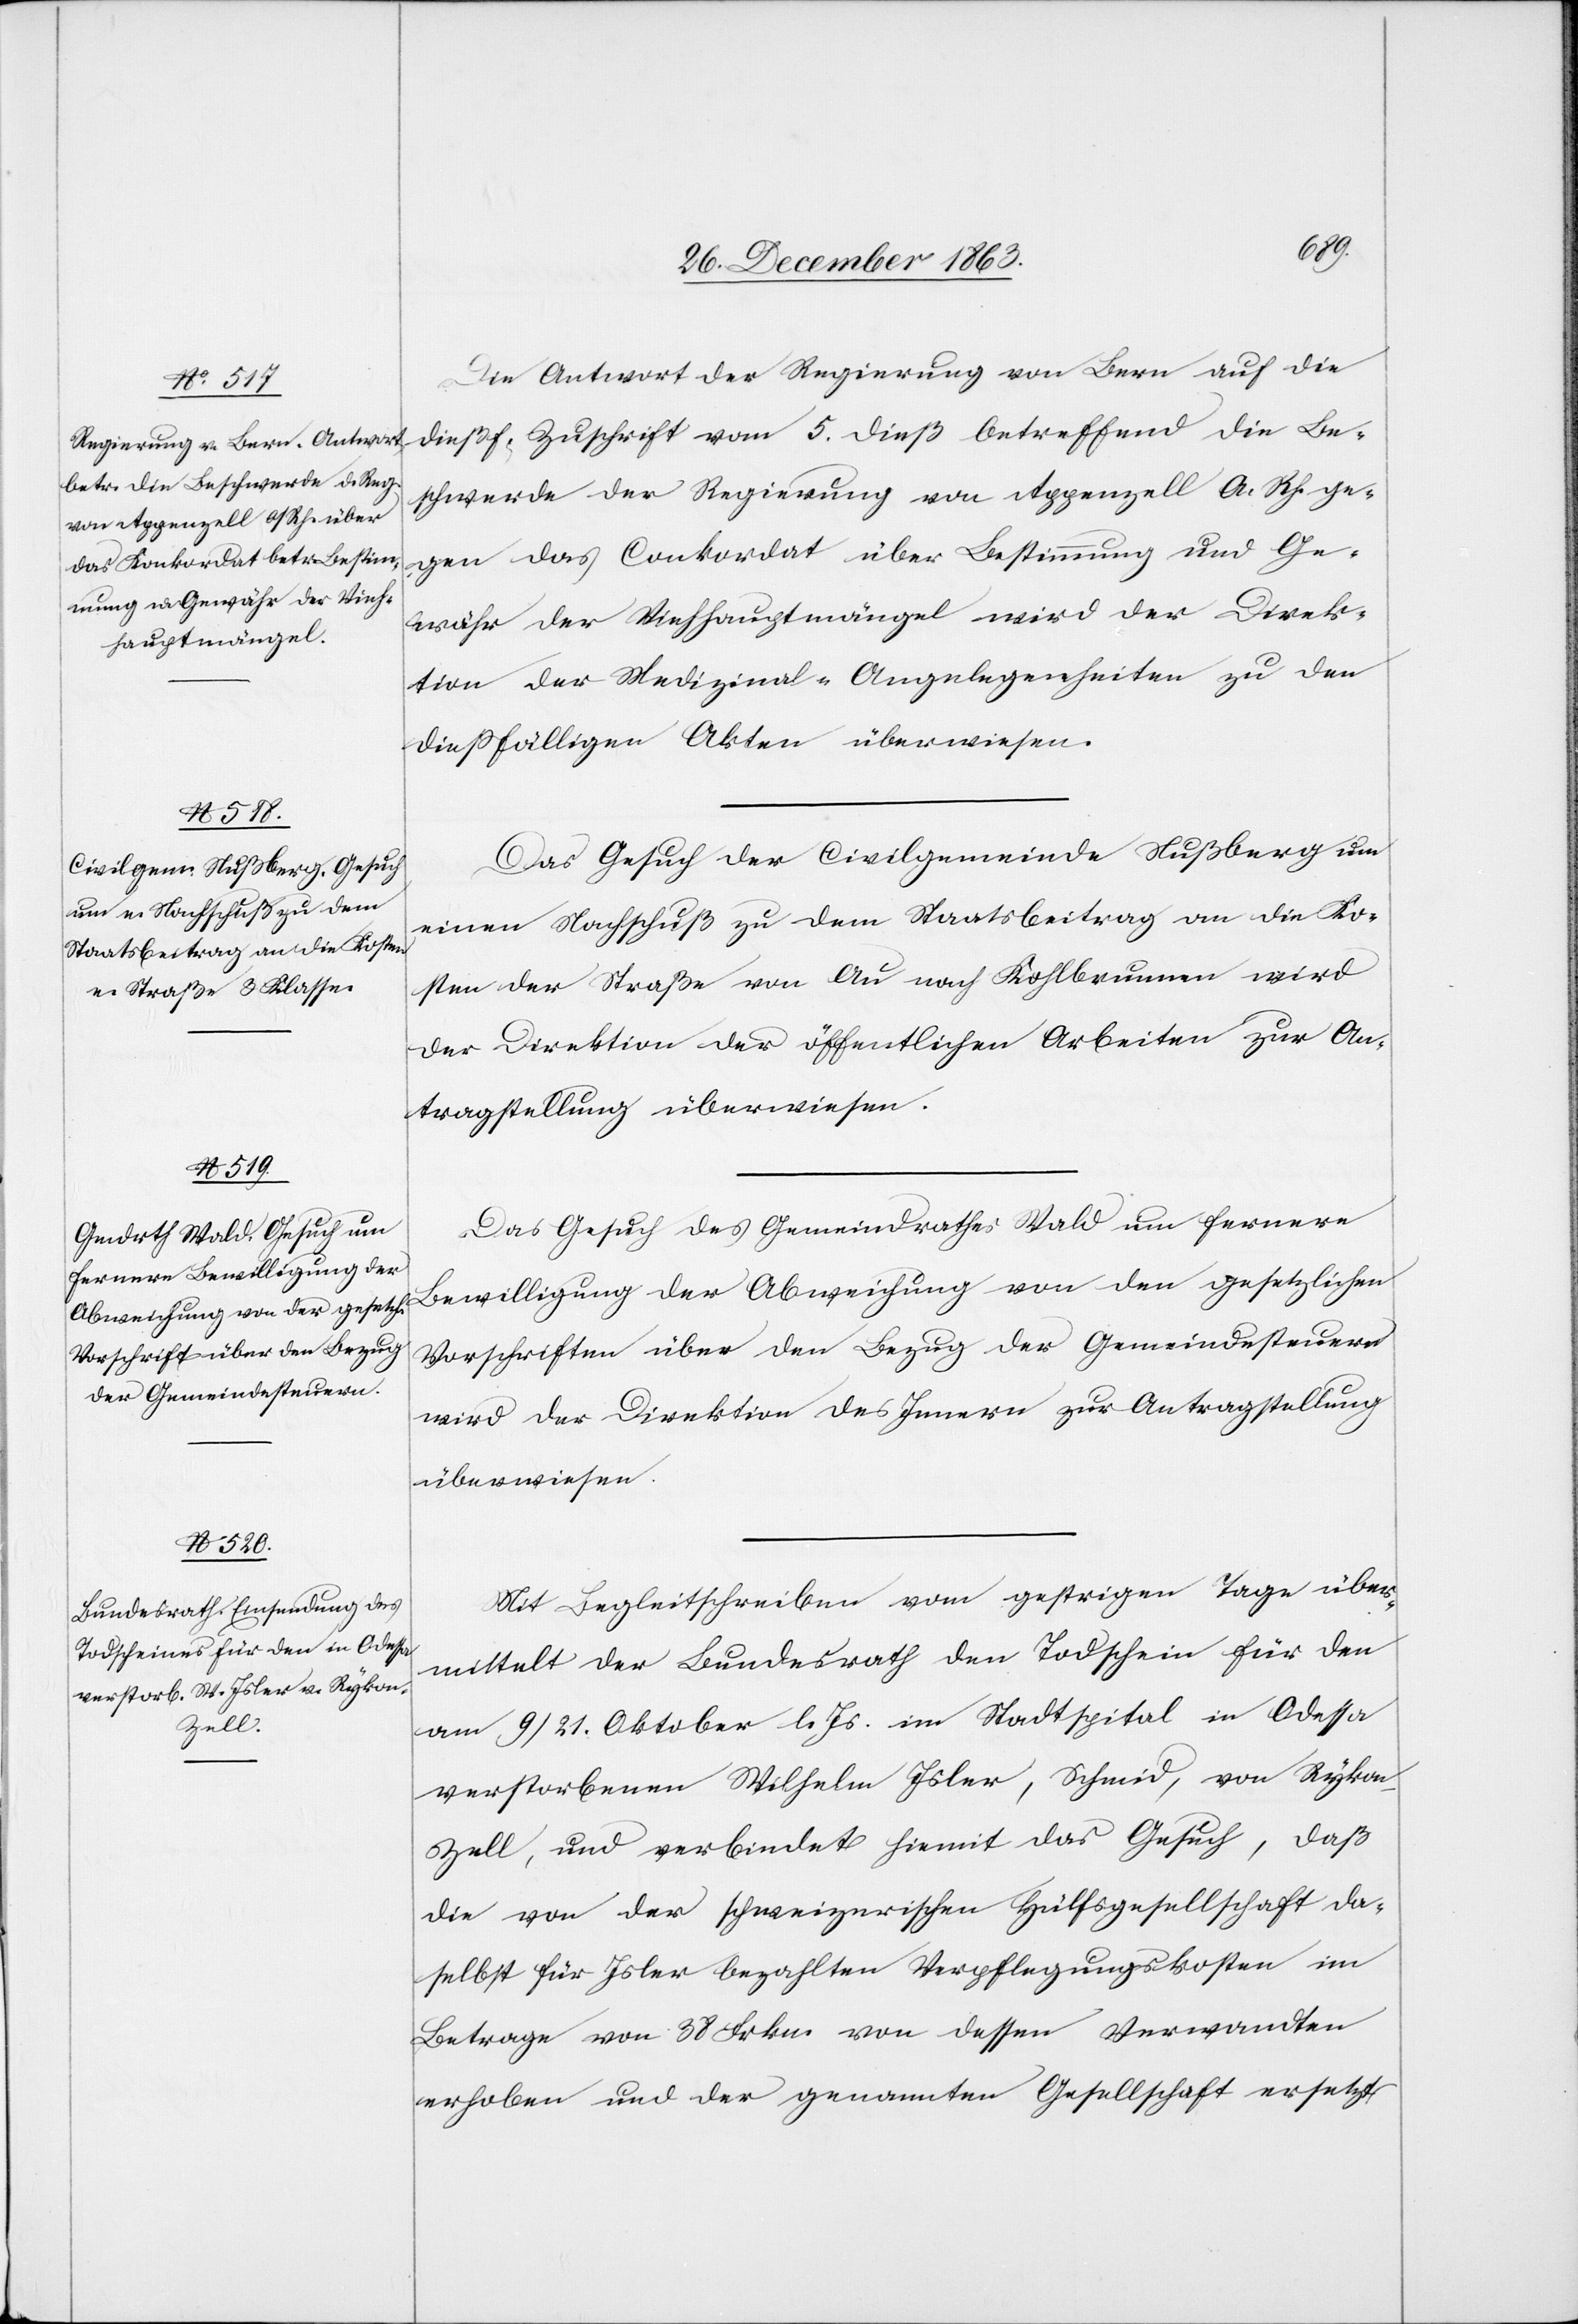
Actum
29. December 1863.]
Die Antwort der Regierung von Bern auf die
dießf. Zuschrift vom 5. dieß betreffend die Be¬
schwerde der Regierung von Appenzell A. Rh. ge¬
gen das Conkordat über Bestimmung und Ge¬
währ der Viehhauptmängel wird der Direk¬
tion der Medizinal-Angelegenheiten zu den
diessfälligen Akten überwiesen.
Das Gesuch der Civilgemeinde Nußberg um
einen Nachschuß zu dem Staatsbeitrag an die Ko¬
sten der Straße von Au nach Kohlbrunnen wird
der Direktion der öffentlichen Arbeiten zur An¬
tragstellung überwiesen.
Das Gesuch des Gemeindrathes Wald um fernere
Bewilligung der Abweichung von den gesetzlichen
Vorschriften über den Bezug der Gemeindesteuern
wird der Direktion des Innern zur Antragstellung
überwiesen.
Mit Begleitschreiben vom gestrigen Tage über¬
mittelt der Bundesrath den Todschein für den
am 9/21. Oktober l. Js. im Stadtspital in Odessa
verstorbenen Wilhelm Isler, Schmid, von Ryko¬
n-Zell, und verbindet hiemit das Gesuch, daß
die von der schweizerischen Hülfsgesellschaft da¬
selbst für Isler bezahlten Verpflegungskosten im
Betrage von 38 Frkn. von dessen Verwandten
erhoben und der genannten Gesellschaft ersetzt